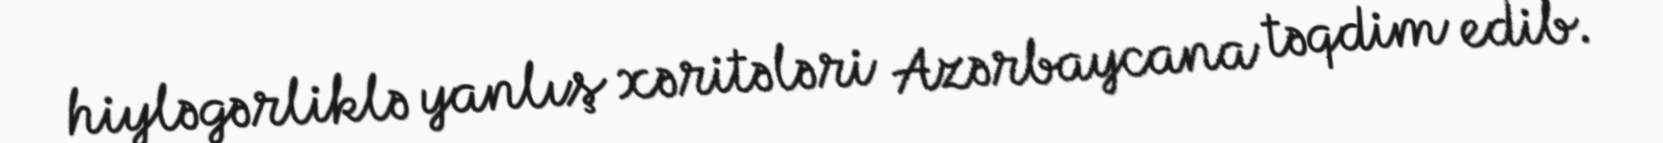
hiyləgərliklə yanlış xəritələri Azərbaycana təqdim edib.